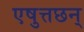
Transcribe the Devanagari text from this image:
एषुत्तछन्